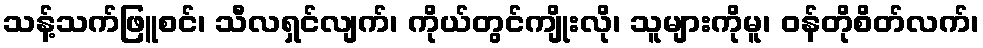
သန့်သက်ဖြူစင်၊ သီလရှင်လျက်၊ ကိုယ်တွင်ကျိုးလို၊ သူများကိုမူ၊ ဝန်တိုစိတ်လက်၊